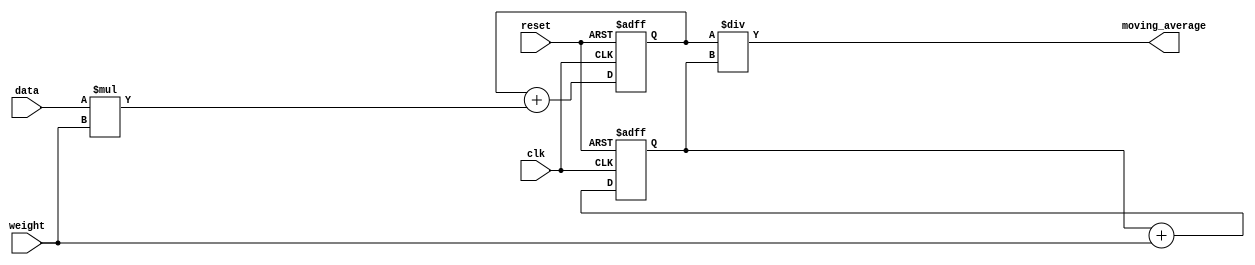
module weighted_moving_average_accumulator (
    input wire clk,
    input wire reset,
    input wire [7:0] data,
    input wire [7:0] weight,
    output wire [15:0] moving_average
);

reg [15:0] accumulated_sum;
reg [15:0] total_weight;

always @ (posedge clk or posedge reset) begin
    if (reset) begin
        accumulated_sum <= 16'b0;
        total_weight <= 16'b0;
    end else begin
        accumulated_sum <= accumulated_sum + data * weight;
        total_weight <= total_weight + weight;
    end
end

assign moving_average = accumulated_sum / total_weight;

endmodule